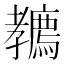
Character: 𡦲